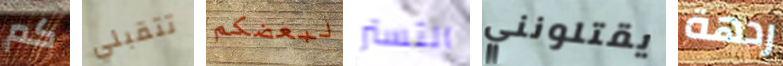
كم تتقبلي لبعضكم التستر يقتلونني ردهة